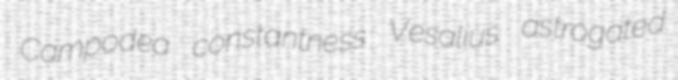
Campodea constantness Vesalius astrogated